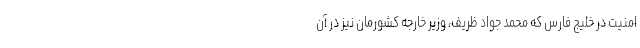
امنیت در خلیج فارس که محمد جواد ظریف، وزیر خارجه کشورمان نیز در آن